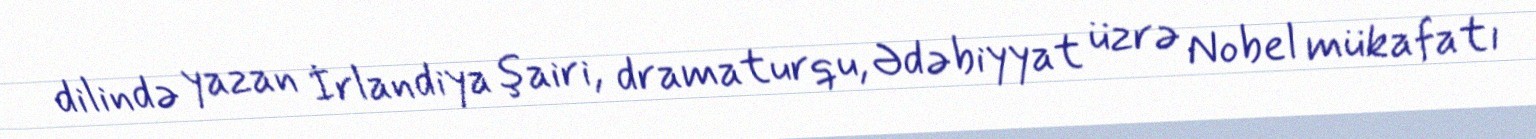
dilində yazan İrlandiya şairi, dramaturqu, Ədəbiyyat üzrə Nobel mükafatı